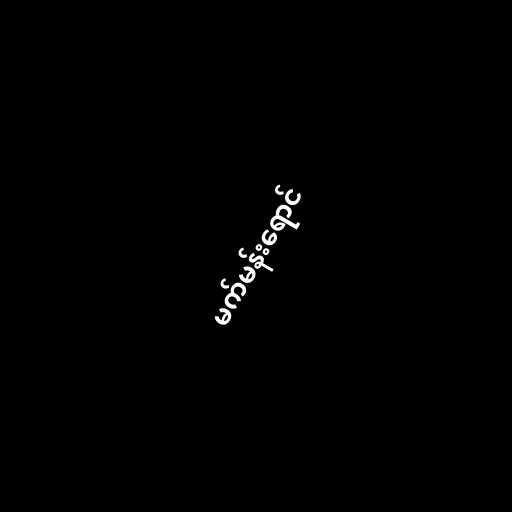
မက်မန်းရောင်